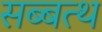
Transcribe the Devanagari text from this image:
सब्बत्थ